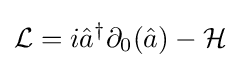
{\mathcal {L}}=i{\hat {a}}^{\dagger }\partial _{0}({\hat {a}})-{\mathcal {H}}